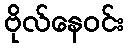
ဗိုလ်နေဝင်း